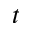
t